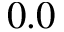
0 . 0